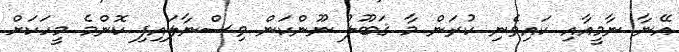
އޭނާ ނާމީއާއި ކައިވެނި ކުރަން މާ ޤަބޫލު ނޫންކަން ވިސްނާލައިފި ކޮންމެ މީހަކަށް